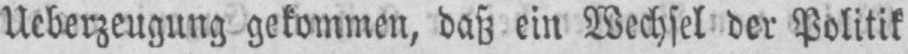
Ueberzeugung gekommen, daß ein Wechsel der Politik